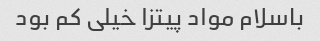
باسلام مواد پیتزا خیلی کم بود